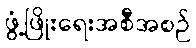
ဖွံ့ဖြိုးရေးအစီအစဉ်